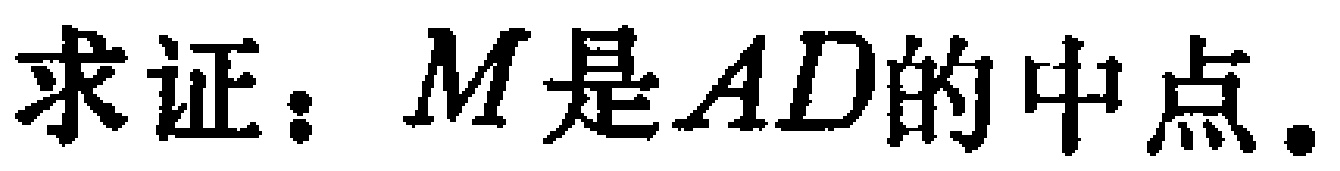
求证：$M$是$AD$的中点.